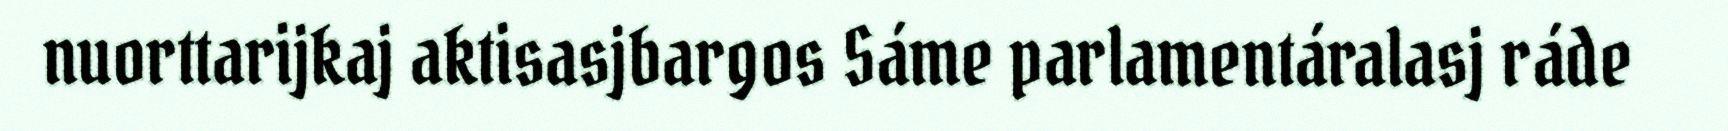
nuorttarijkaj aktisasjbargos Sáme parlamentáralasj ráde